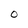
Character: O